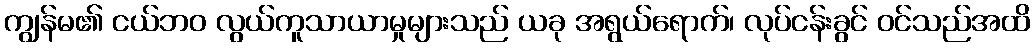
ကျွန်မ၏ ငယ်ဘဝ လွယ်ကူသာယာမှုများသည် ယခု အရွယ်ရောက်၊ လုပ်ငန်းခွင် ဝင်သည်အထိ